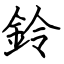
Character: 鈴